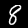
Label: 8